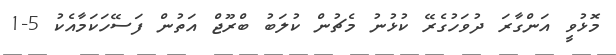
މޮޅުވީ އަންގާރަ ދުވަހުގެރޭ ކުޅުނު މެޗުން ކުލަބު ބްރޫޖް އަތުން ފަސޭހަކަމާއެކު 5-1